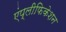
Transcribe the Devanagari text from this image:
एंप्लीफिकेशन